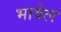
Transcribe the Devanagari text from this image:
भावेल